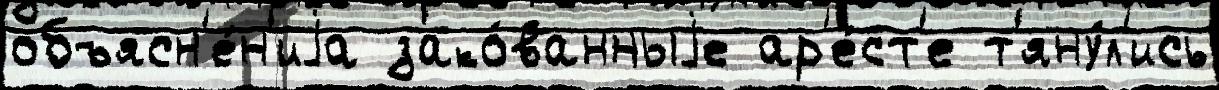
объясн'е́н'иjа зако́ванныjе ар'е́ст'е т'яну́л'ись